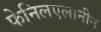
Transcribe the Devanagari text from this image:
फेनिलएलानीन